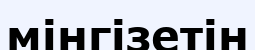
мінгізетін